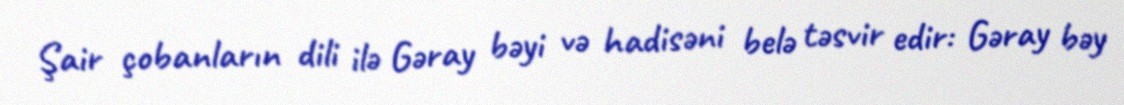
Şair çobanların dili ilə Gəray bəyi və hadisəni belə təsvir edir: Gəray bəy